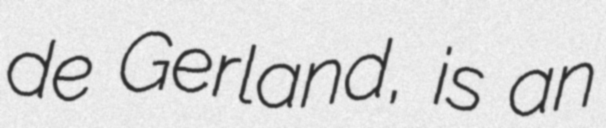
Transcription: de Gerland, is an